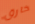
خارق